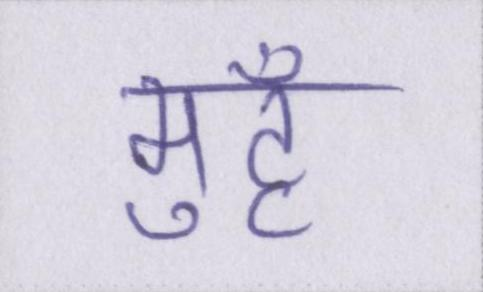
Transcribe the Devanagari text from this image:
मुहँ